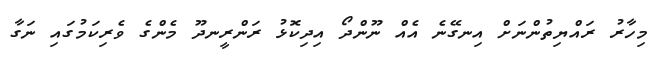
މިހާރު ރައްޔިތުންނަށް އިނގޭނެ އެއް ނޫންދޯ އިދިކޮޅު ރަންރީނދޫ މެންގެ ވެރިކަމުގައި ނަގާ